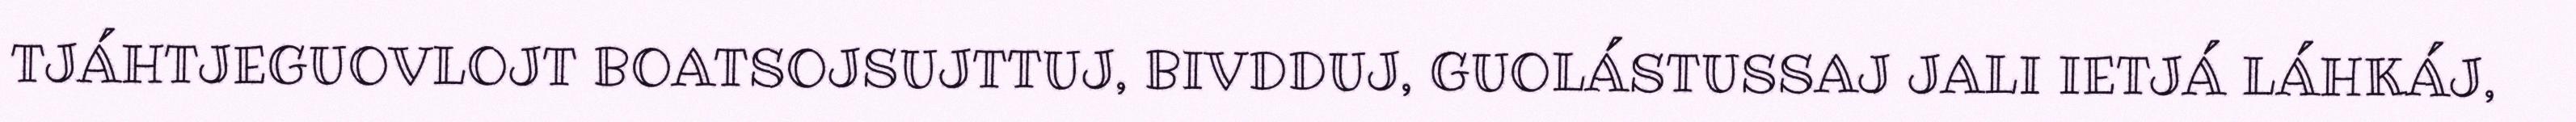
TJÁHTJEGUOVLOJT BOATSOJSUJTTUJ, BIVDDUJ, GUOLÁSTUSSAJ JALI IETJÁ LÁHKÁJ,